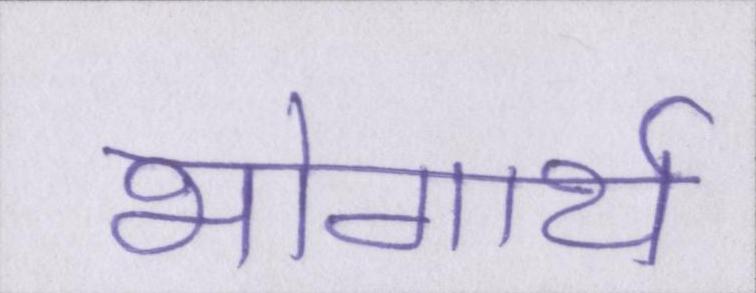
भोगार्थ